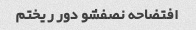
افتضاحه نصفشو دور ریختم